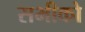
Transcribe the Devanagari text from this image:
सभीको